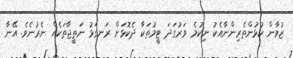
ޒުވާން ކުޅުންތެރިންނާއެކު ނިކުމެ ވަރުގަދަ ޓީމުތަކާ ދެކޮޅަށް ރަނގަޅު ނަތީޖާތަކެއް ނެރުނެވެ. އޭނާ